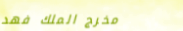
مخرج الملك فهد